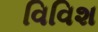
વિવિશ